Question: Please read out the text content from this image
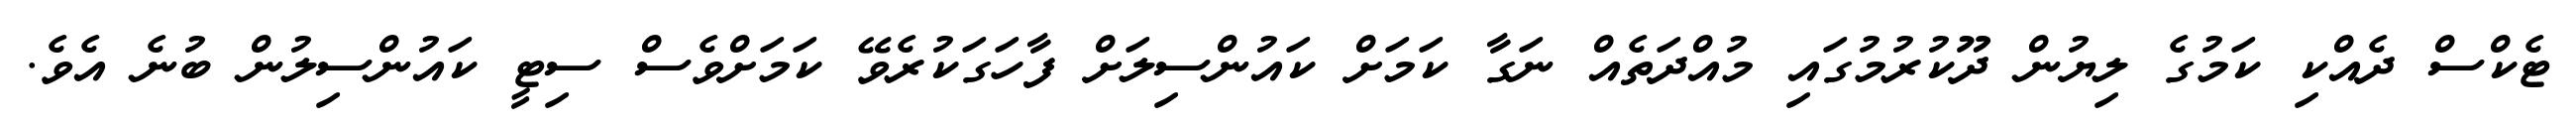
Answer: ޓެކްސް ދެއްކި ކަމުގެ ލިޔުން ދޫކުރުމުގައި މުއްދަތެއް ނަގާ ކަމަށް ކައުންސިލަށް ފާހަގަކުރެވޭ ކަމަށްވެސް ސިޓީ ކައުންސިލުން ބުނެ އެވެ.